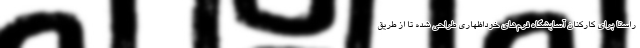
راستا برای کارکنان آسایشگاه فرم‌های خوداظهاری طراحی شده تا از طریق